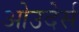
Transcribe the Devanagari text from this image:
ओउदेर्स